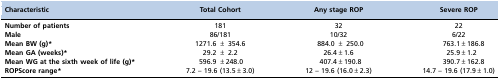
| Characteristic | Total Cohort | Any stage ROP | Severe ROP |
 | --- | --- | --- | --- |
 | Number of patients | 181 | 32 | 22 |
 | Male | 86/181 | 10/32 | 6/22 |
 | Mean BW (g)* | 1271.6 ± 354.6 | 884.0 ± 250.0 | 763.1±186.8 |
 | Mean GA (weeks)* | 29.2 ± 2.2 | 26.4±1.6 | 25.9±1.2 |
 | Mean WG at the sixth week of life (g)* | 596.9 ±248.0 | 407.4±190.8 | 390.7±162.8 |
 | ROPScore range* | 7.2 – 19.6 (13.5±3.0) | 12 – 19.6 (16.0±2.3) | 14.7 – 19.6 (17.9±1.0) |